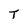
Character: T